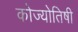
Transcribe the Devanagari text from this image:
कोज्योतिषी